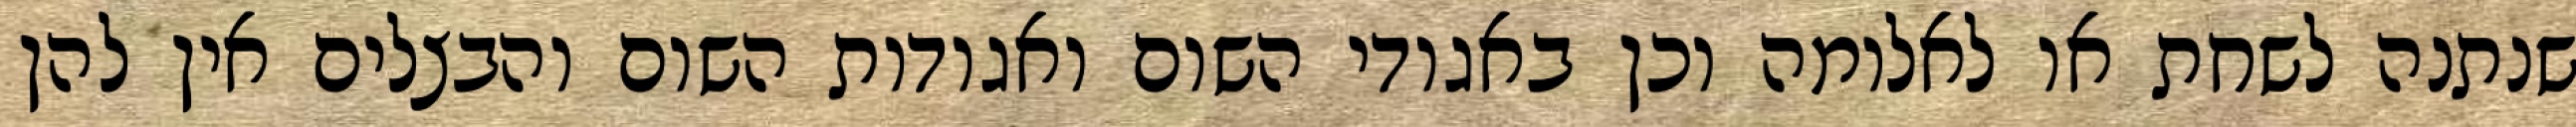
שנתנה לשחת או לאלומה וכן באגודי השום ואגודות השום והבצלים אין להן